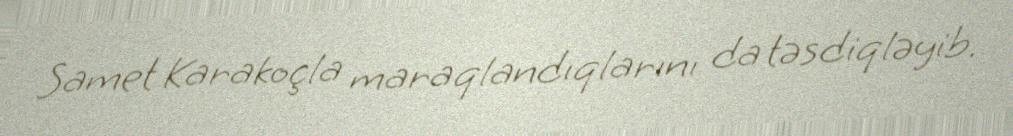
Samet Karakoçla maraqlandıqlarını da təsdiqləyib.